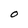
Character: O